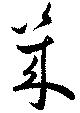
幾